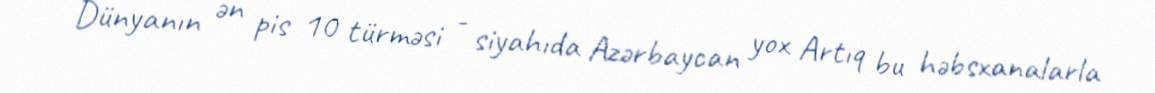
Dünyanın ən pis 10 türməsi - siyahıda Azərbaycan yox Artıq bu həbsxanalarla